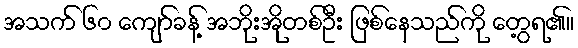
အသက် ၆၀ ကျော်ခန့် အဘိုးအိုတစ်ဦး ဖြစ်နေသည်ကို တွေ့ရ၏။